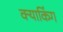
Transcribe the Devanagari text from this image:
क्याकिंग